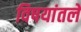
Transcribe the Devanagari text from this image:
विषयांतले